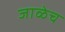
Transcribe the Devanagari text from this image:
जाळेच